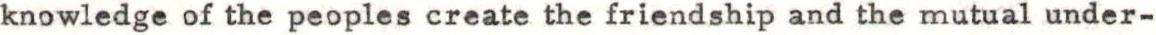
knowledge of the peoples create the friendship and the mutual under-